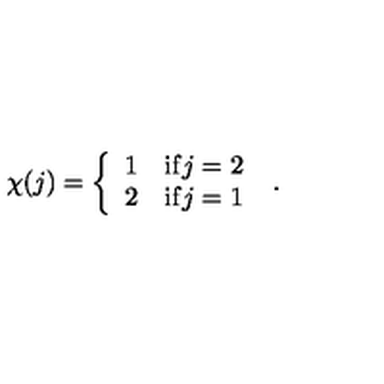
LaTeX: \chi ( j ) = \left\{ \begin{array} { c l } { 1 } & { \mathrm { i f } j = 2 } \\ { 2 } & { \mathrm { i f } j = 1 } \\ \end{array} \right. \ .